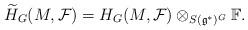
LaTeX: \begin{align*}\widetilde{H}_{G}(M,\mathcal{F})= H_{G}(M,\mathcal{F})\otimes_{S(\mathfrak{g}^*)^G}\mathbb{F}.\end{align*}